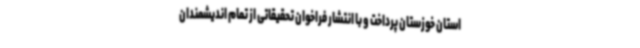
استان خوزستان پرداخت و با انتشار فراخوان تحقیقاتی از تمام اندیشمندان